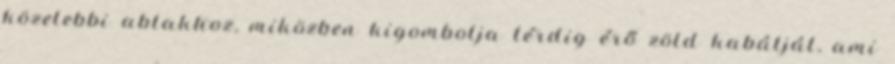
közelebbi ablakhoz, miközben kigombolja térdig érő zöld kabátját, ami